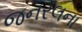
જનરલના